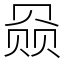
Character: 赑